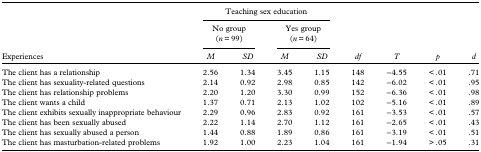
<table><thead><tr><td></td><td colspan="4"><b>Teaching sex education</b></td><td></td><td></td><td></td><td></td></tr><tr><td></td><td colspan="2"><b>No group (<i>n</i> = 99)</b></td><td colspan="2"><b>Yes group (<i>n</i> = 99)</b></td><td></td><td></td><td></td><td></td></tr><tr><td><b>Experiences</b></td><td><b><i>M</i></b></td><td><b><i>SD</i></b></td><td><b><i>M</i></b></td><td><b><i>SD</i></b></td><td><b><i>df</i></b></td><td><b><i>T</i></b></td><td><b><i>P</i></b></td><td><b><i>d</i></b></td></tr></thead><tbody><tr><td>The client has a relationship</td><td>2.56</td><td>1.34</td><td>3.45</td><td>1.15</td><td>148</td><td>−4.55</td><td>&lt; .01</td><td>.71</td></tr><tr><td>The client has sexuality-related questions</td><td>2.14</td><td>0.92</td><td>2.98</td><td>0.85</td><td>142</td><td>−6.02</td><td>&lt; .01</td><td>.95</td></tr><tr><td>The client has relationship problems</td><td>2.20</td><td>1.20</td><td>3.30</td><td>0.99</td><td>152</td><td>−6.36</td><td>&lt; .01</td><td>.98</td></tr><tr><td>The client wants a child</td><td>1.37</td><td>0.71</td><td>2.13</td><td>1.02</td><td>102</td><td>−5.16</td><td>&lt; .01</td><td>.89</td></tr><tr><td>The client exhibits sexually inappropriate behaviour</td><td>2.29</td><td>0.96</td><td>2.83</td><td>0.92</td><td>161</td><td>−3.53</td><td>&lt; .01</td><td>.57</td></tr><tr><td>The client has been sexually abused</td><td>2.22</td><td>1.14</td><td>2.70</td><td>1.12</td><td>161</td><td>−2.65</td><td>&lt; .01</td><td>.43</td></tr><tr><td>The client has sexually abused a person</td><td>1.44</td><td>0.88</td><td>1.89</td><td>0.86</td><td>161</td><td>−3.19</td><td>&lt; .01</td><td>.51</td></tr><tr><td>The client has masturbation-related problems</td><td>1.92</td><td>1.00</td><td>2.23</td><td>1.04</td><td>161</td><td>−1.94</td><td>&gt; .05</td><td>.31</td></tr></tbody></table>